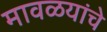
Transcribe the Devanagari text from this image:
मावळयांचे